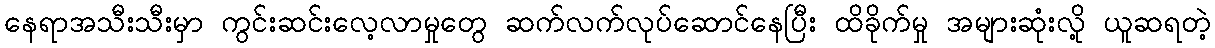
နေရာအသီးသီးမှာ ကွင်းဆင်းလေ့လာမှုတွေ ဆက်လက်လုပ်ဆောင်နေပြီး ထိခိုက်မှု အများဆုံးလို့ ယူဆရတဲ့